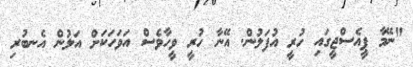
"ނޭމާ ޕީއެސްޖީގައި ހުރީ އުފަލުން. އޭނާ ހުރީ ވީހާވެސް އަވަހަކަށް އަލުން އެނބުރި